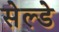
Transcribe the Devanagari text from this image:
सेल्डे